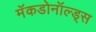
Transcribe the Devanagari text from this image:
मॅकडोनॉल्ड्स